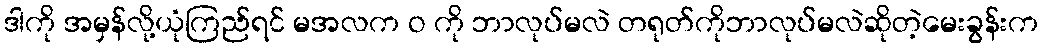
ဒါကို အမှန်လို့ယုံကြည်ရင် မအလက ဝ ကို ဘာလုပ်မလဲ တရုတ်ကိုဘာလုပ်မလဲဆိုတဲ့မေးခွန်းက